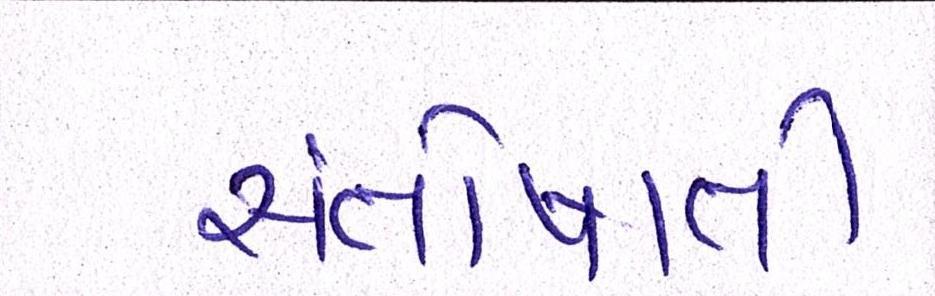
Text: સંતોષાતી